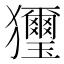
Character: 𤣗